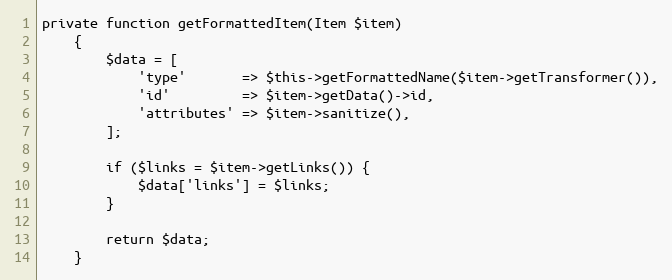
Language: PHP
private function getFormattedItem(Item $item)
    {
        $data = [
            'type'       => $this->getFormattedName($item->getTransformer()),
            'id'         => $item->getData()->id,
            'attributes' => $item->sanitize(),
        ];

        if ($links = $item->getLinks()) {
            $data['links'] = $links;
        }

        return $data;
    }